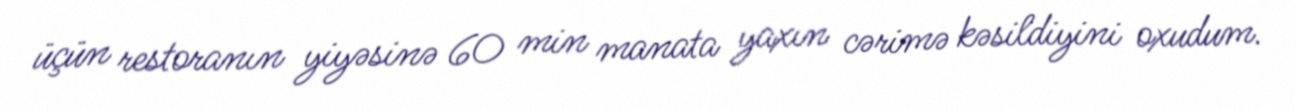
üçün restoranın yiyəsinə 60 min manata yaxın cərimə kəsildiyini oxudum.